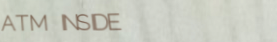
ATM INSIDE